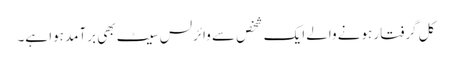
کل گرفتار ہونے والے ایک شخص سے وائرلس سیٹ بھی برآمد ہوا ہے۔